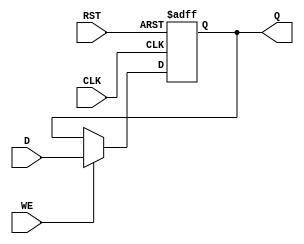
module StoreRegister (
    input wire [N-1:0] D,      // Data input
    input wire CLK,            // Clock input
    input wire WE,             // Write Enable
    input wire RST,            // Reset signal
    output reg [N-1:0] Q       // Data output
);
    parameter N = 8;           // Bit-width of the register (can be changed as needed)

    // Sequential logic for the Store Register
    always @(posedge CLK or posedge RST) begin
        if (RST) begin
            Q <= {N{1'b0}};      // Initialize register to zero on reset
        end else if (WE) begin
            Q <= D;              // Capture input data when WE is high
        end
        // If WE is low, Q retains its current value (no action needed)
    end
endmodule